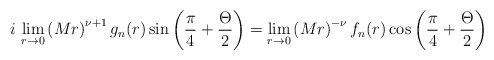
\begin{align*}i\,\lim_{r\rightarrow 0}\left(Mr\right)^{\nu +1}g_n(r) \sin\left(\frac{\pi}{4}+\frac{\Theta}{2}\right)=\lim_{r\rightarrow 0}\left(Mr\right)^{-\nu }f_n(r) \cos\left(\frac{\pi}{4}+\frac{\Theta}{2}\right)\end{align*}